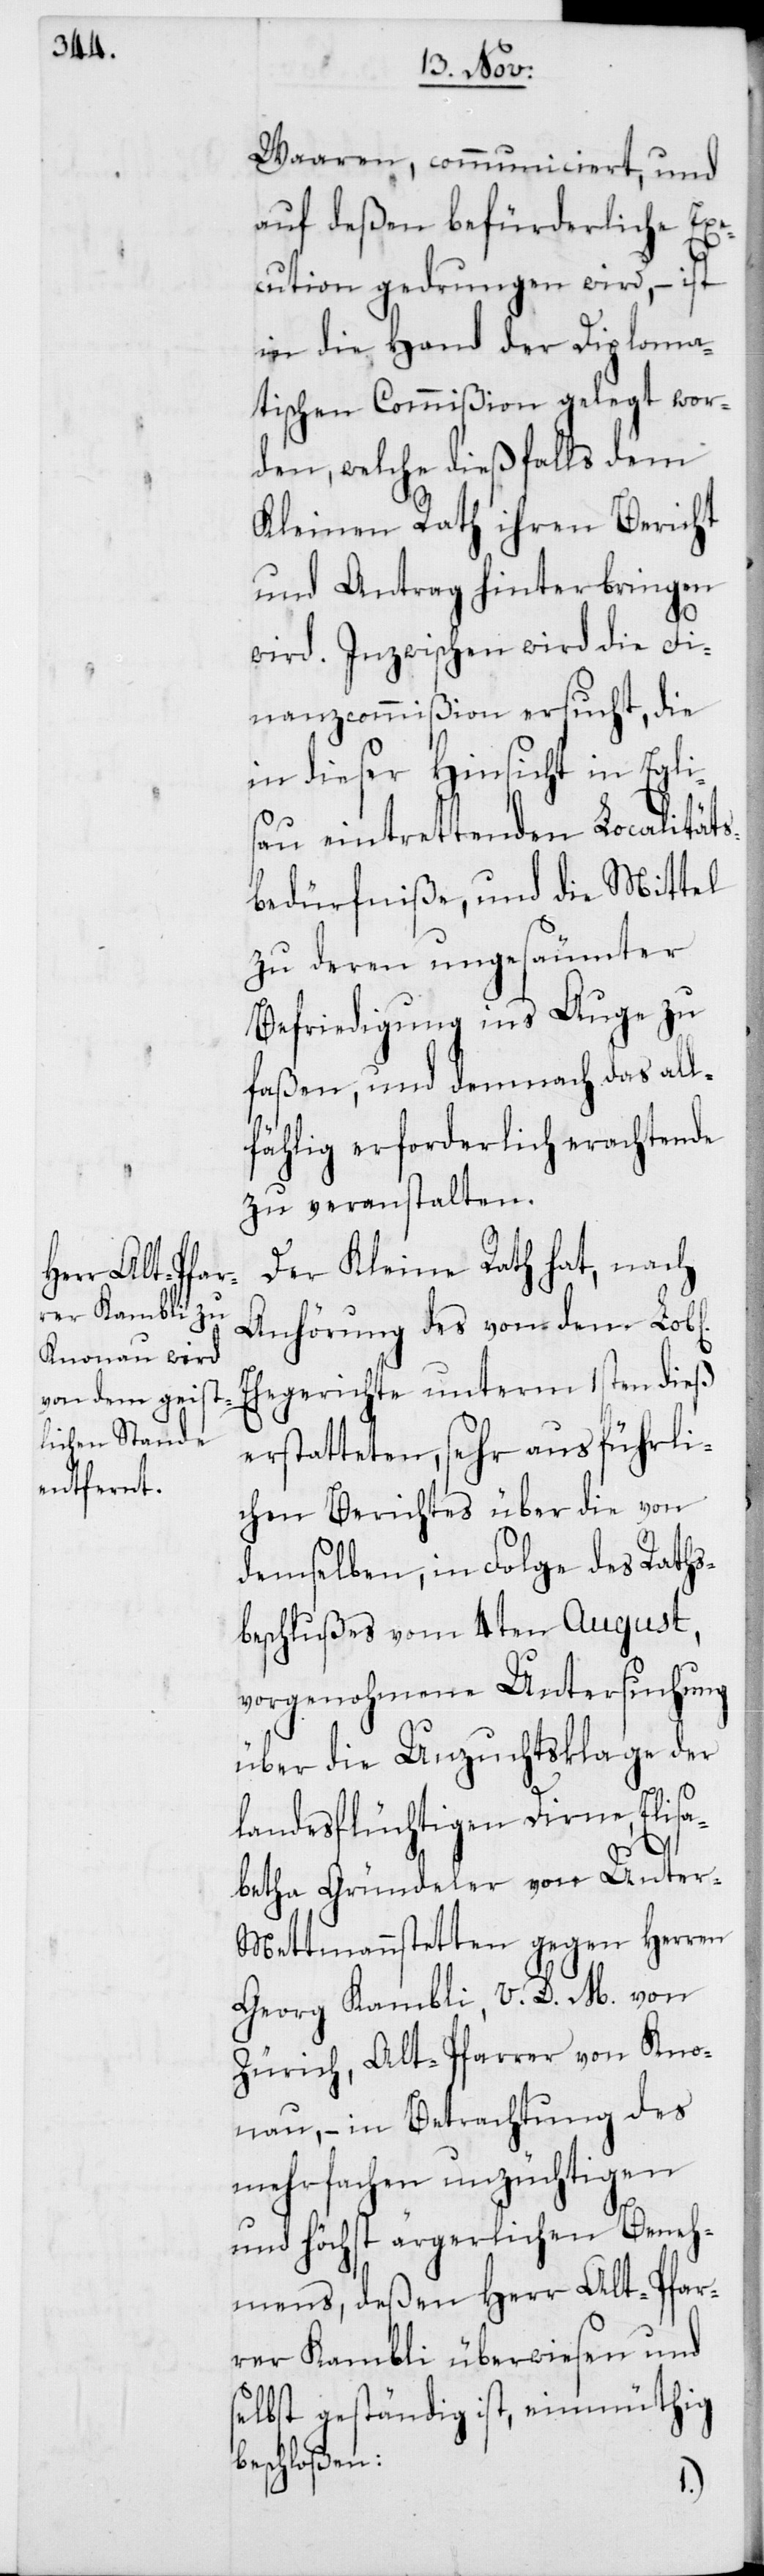
b[lichen]
s¬

Waaren, communiciert, und
auf deßen befürderliche Exe¬
cution gedrungen wird, – ist
in die Hand der Diploma¬
tischen Commißion gelegt wor¬
den, welche dießfalls dem
Kleinen Rath ihren Bericht
und Antrag hinterbringen
wird. Inzwischen wird die Fi¬
nanzcommißion ersucht, die
n dieser Hinsicht in Eg¬
sau eintrettenden Localitäts¬
bedürfniße, und die Mittel
zu deren ungesäumter
Befriedigung ins Auge zu
faßen, und demnach das all¬
fählig erforderlich erachtende
zu veranstalten.
Der Kleine Rath hat, nach
Anhörung des von dem Lo¬
Ehegerichte unterm 1sten dieß
erstatteten, sehr ausführli¬
chen Berichtes über die von
demselben, in Folge des Raths¬
beschlußes vom 4ten August,
vorgenohmene Untersuchung
über die Unzuchtsklage der
landesflüchtigen Dirne, Elisa¬
betha Gründeler von Unter-M¬
ettmannstetten gegen Herren
Georg Kambli, V. D. M. von
Zürich, Alt-Pfarrer von Kno¬
nau, – in Betrachtung des
mehrfachen unzüchtigen
und höchst ärgerlichen Beneh¬
mens, deßen Herr Alt-Pfar¬
rer Kambli überwiesen und
elbst geständig ist, einmütig
beschloßen: